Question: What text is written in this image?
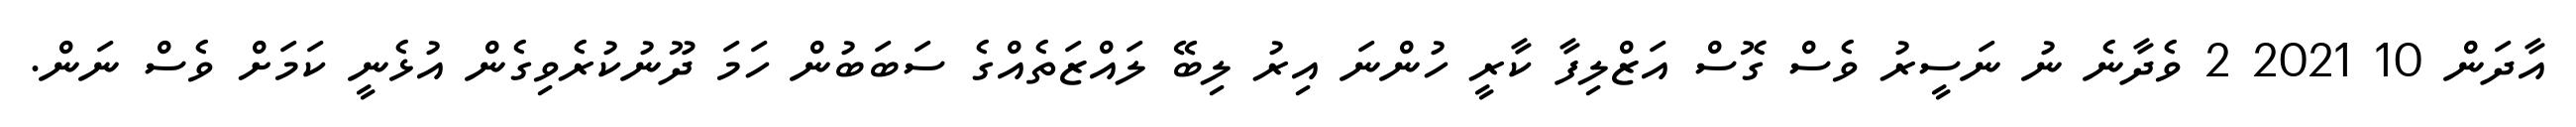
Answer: އާދަން 10 2021 2 ވެދާނެ ނު ނަސީރު ވެސް ގޮސް އަޒްލިފާ ކާރީ ހުންނަ އިރު ލިބޭ ލައްޒަތެއްގެ ސަބަބުން ހަމަ ދޫނުކުރެވިގެން އުޅެނީ ކަމަށް ވެސް ނަން.